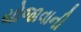
યોજાવાની